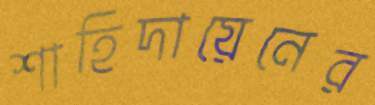
শাহিদায়েনের